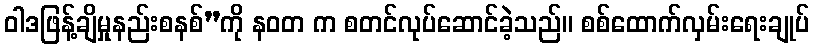
ဝါဒဖြန့်ချိမှုနည်းစနစ်”ကို နဝတ က စတင်လုပ်ဆောင်ခဲ့သည်။ စစ်ထောက်လှမ်းရေးချုပ်